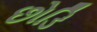
છોડિ